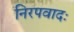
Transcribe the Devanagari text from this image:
निरपवादः